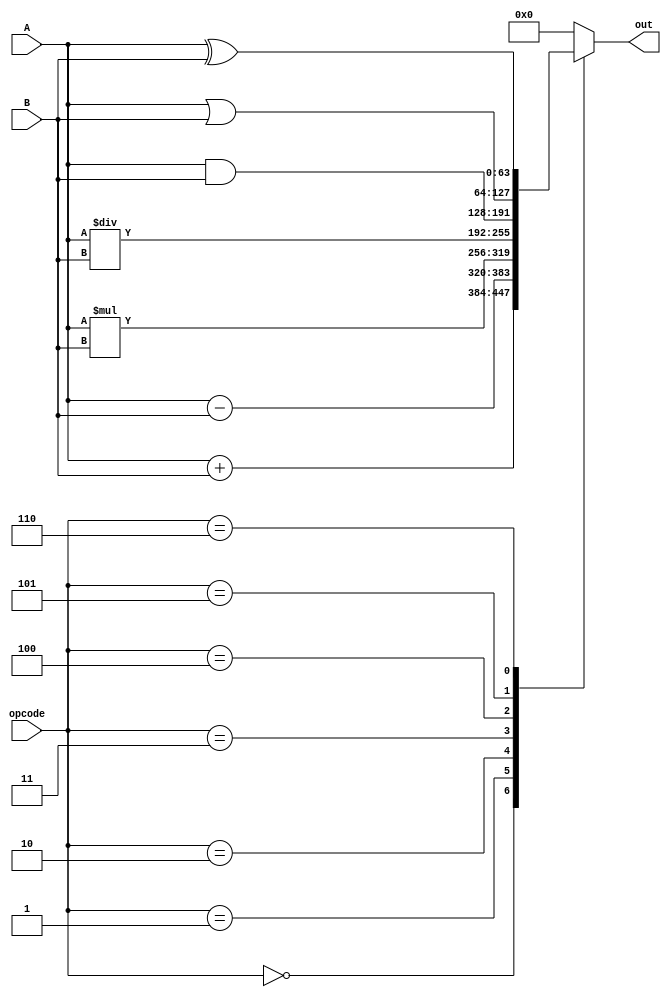
module ALU_64bit (
    input [63:0] A,
    input [63:0] B,
    input [2:0] opcode,
    output reg [63:0] out
);

always @(*) begin
    case (opcode)
        3'b000: out = A + B; // Addition operation
        3'b001: out = A - B; // Subtraction operation
        3'b010: out = A * B; // Multiplication operation
        3'b011: out = A / B; // Division operation
        3'b100: out = A & B; // Logical AND operation
        3'b101: out = A | B; // Logical OR operation
        3'b110: out = A ^ B; // Logical XOR operation
        default: out = 64'b0; // Default case
    endcase
end

endmodule